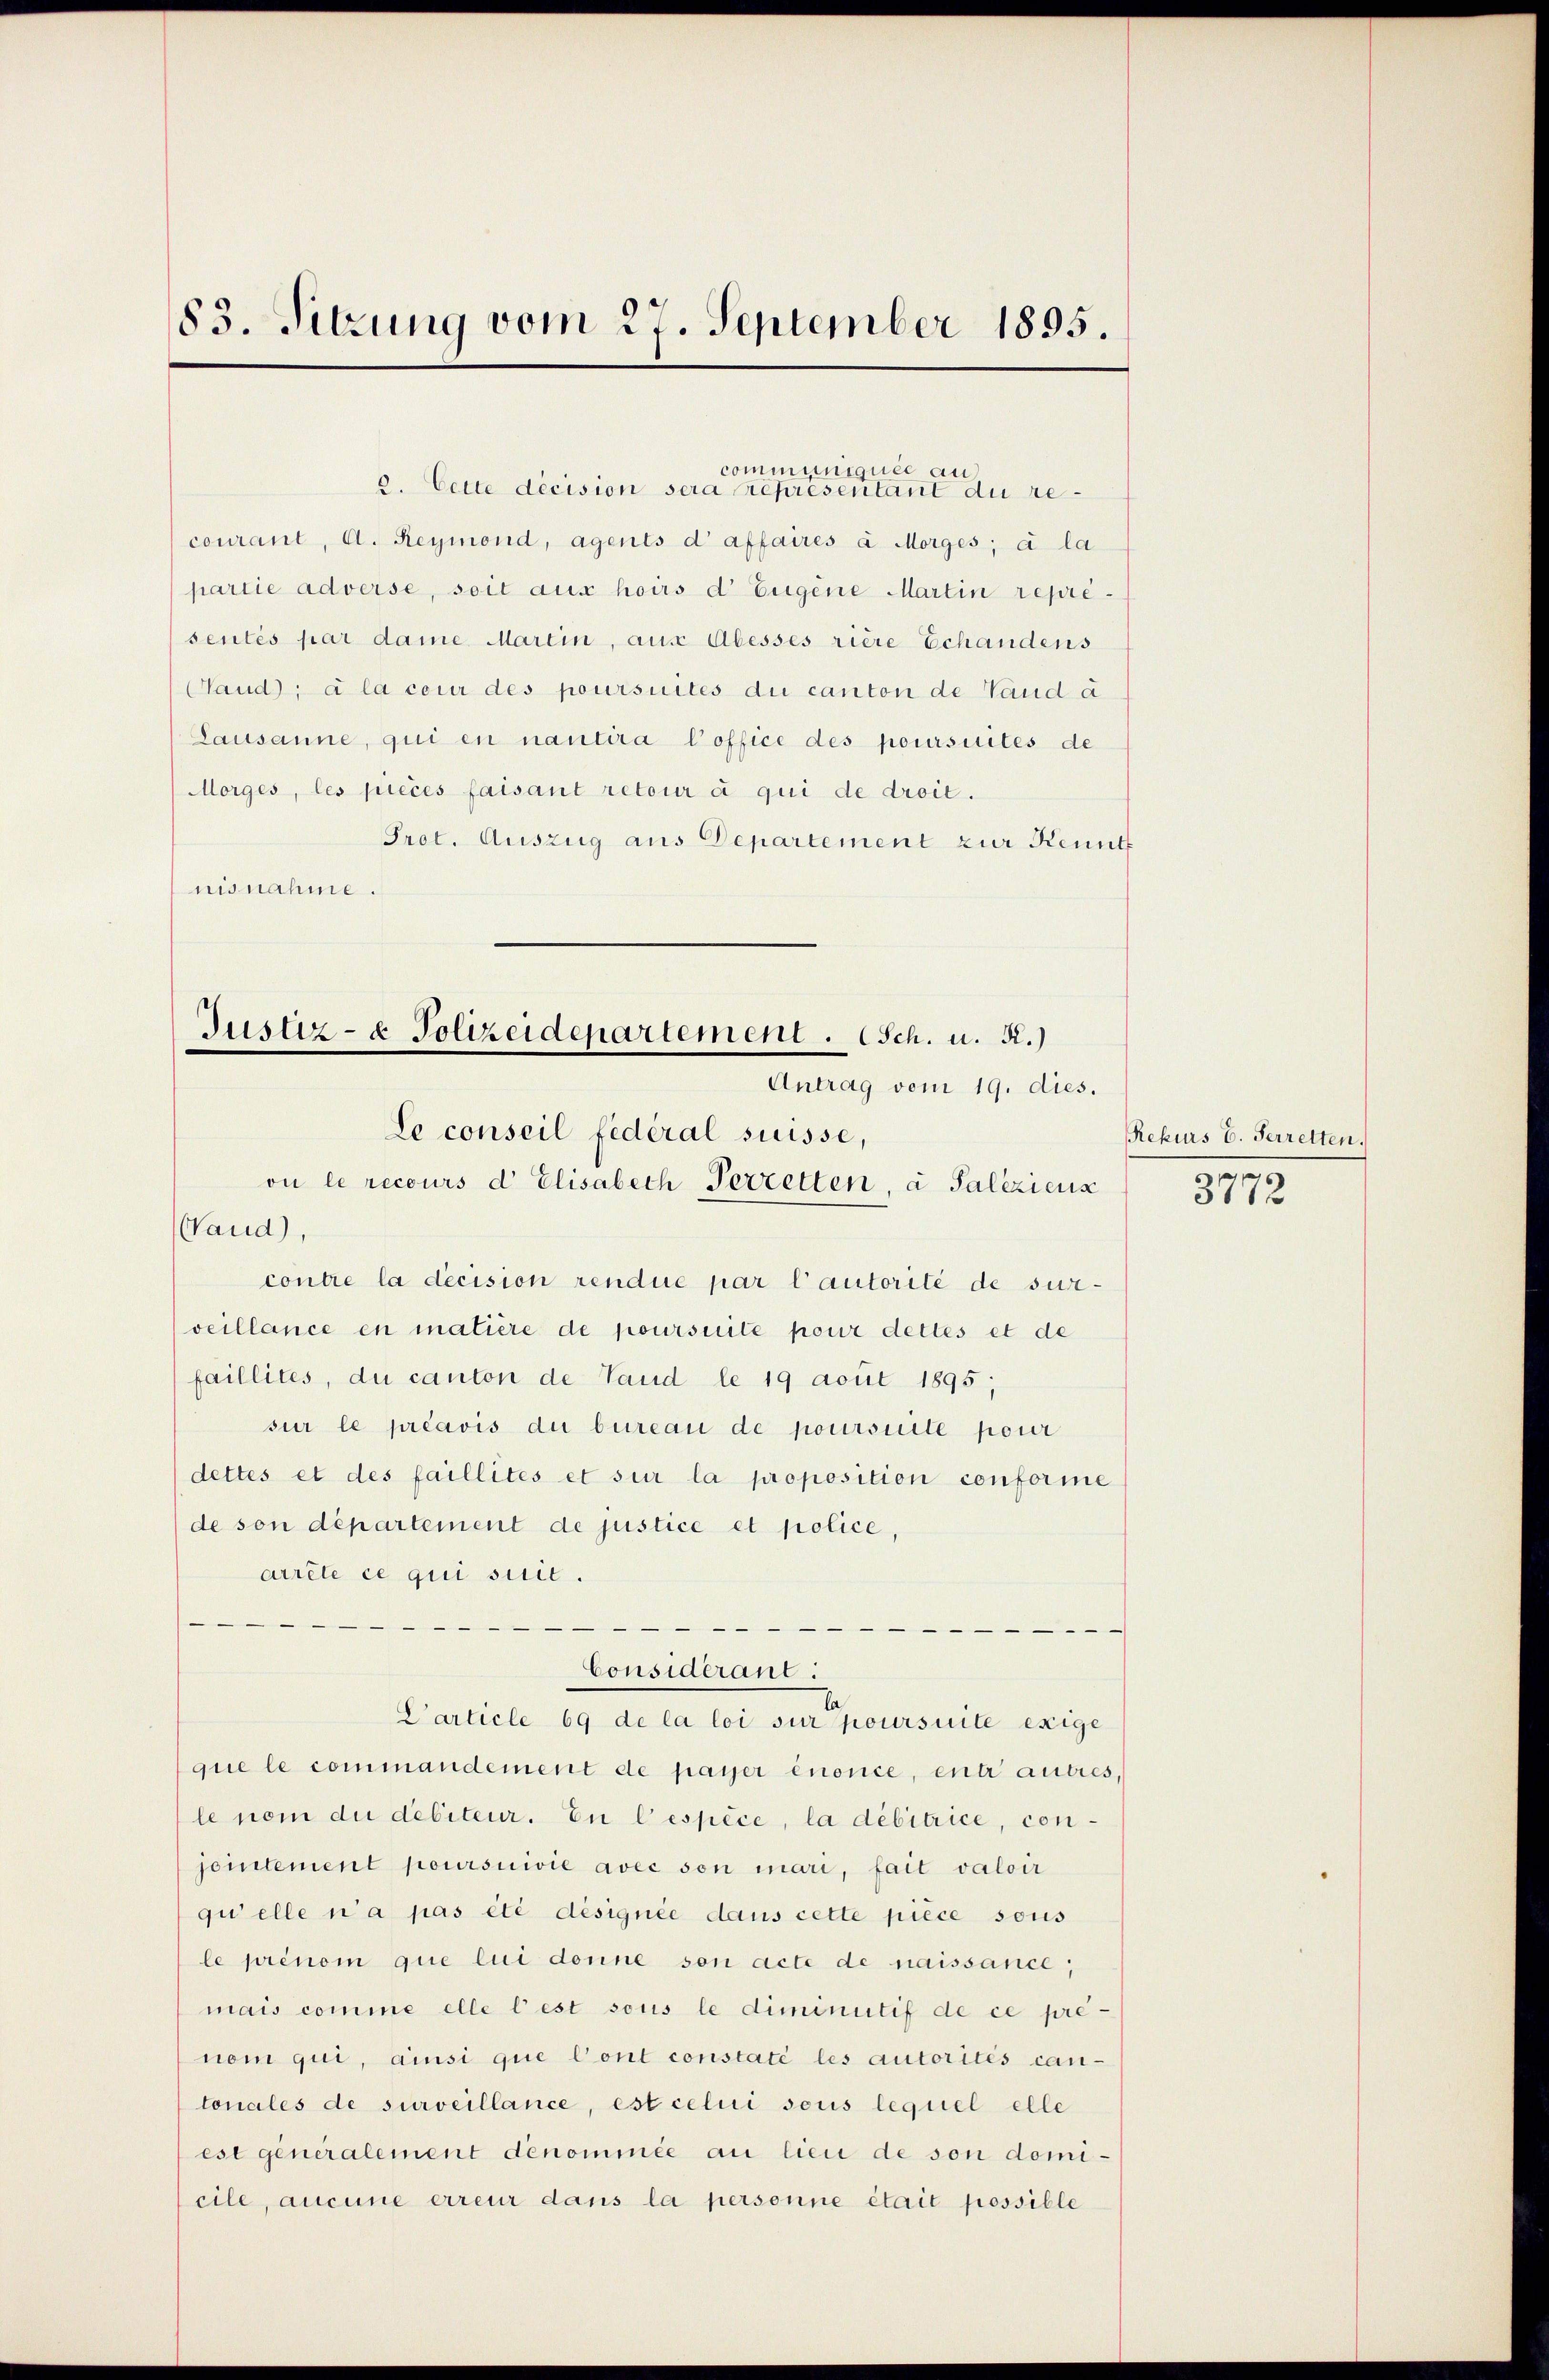
83. Sitzung vom 27. September 1895.

2. Cette decision sera représentant du recourant, A. Reymond, agents d affaires à Morges; à la
partie adverse, soit aus hoirs d Eugene Martin representés par dame Martin, aus Abesses riere Echandens
Sand; d la cour des poursuites du canton de Vaud a
Lausanne, qui en nantira Coffice des poursuites de
Morges, les pieces faisant retour à qui de droit.
Prot. Auszug aus Departement zur Kennt
nisnahme.

Justiz- & Polizeidepartement. Sch. u. R.)
Antrag vom 19. dies.
Le conseil fédéral suisse,

on le recours d Elisabech Verzetten, a Paleziens
Wand),
contre la decision rendue par l’autorité de sur-
veillance en matière de poursuite pour dettes et de
faillites, du canton de Vaud le 19 aout 1895;
sur le préavis die bureau de poursuite pour
dettes et des faillités et sur la proposition conforme
de son département de justice et police,
arrête ce qui suit.

Considérant:
Carticle 69 de la loi sur poursuite exige
que le commandement de payer énonce, entr autres,
le nom du débiteur. En Cespèce, la débitrice, conjointement poursuivie avec son mari, fait valoir
qu’elle n’a pas été désignée dans cette piece sous
le prenom que lui donne son acte de naissance,
mais comme elle l’est sous le diminutif de ce pre-
nom qui, ainsi que Cont constaté les autorités can-
tonales de surveillance, est celui sous lequel elle
est generalement dénominée au lieu de son domicile, aucune erreur dans la personne était possible

communiquée au

Rekurs E. Herretten.
3772